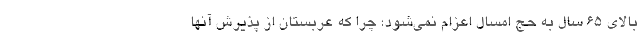
بالای 65 سال به حج امسال اعزام نمی‌شود؛ چرا که عربستان از پذیرش آنها